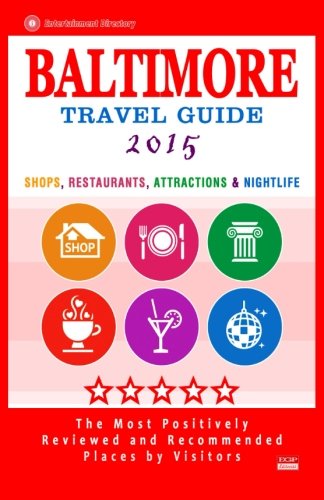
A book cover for Baltimore Travel Guide 2015: Shops, Restaurants, Attractions and Nightlife in Baltimore, Maryland (City Travel Guide 2015).; Terry G. Easton; Travel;